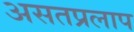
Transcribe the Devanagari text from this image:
असतप्रलाप